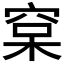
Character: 𰗷